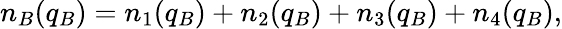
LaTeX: n_{B}(q_{B})=n_{1}(q_{B})+n_{2}(q_{B})+n_{3}(q_{B})+n_{4}(q_{B}),